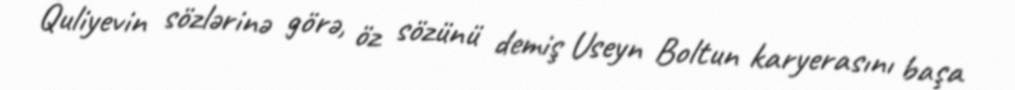
Quliyevin sözlərinə görə, öz sözünü demiş Useyn Boltun karyerasını başa